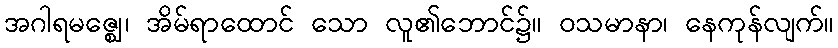
အဂါရမဇ္ဈေ၊ အိမ်ရာထောင် သော လူ၏ဘောင်၌။ ဝသမာနာ၊ နေကုန်လျက်။